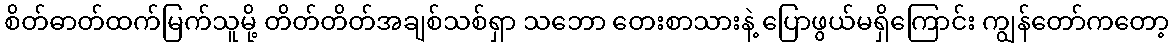
စိတ်ဓာတ်ထက်မြက်သူမို့ တိတ်တိတ်အချစ်သစ်ရှာ သဘော တေးစာသားနဲ့ ပြောဖွယ်မရှိကြောင်း ကျွန်တော်ကတော့